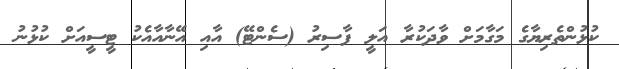
ކުޅުންތެރިޔާގެ މަގާމަށް ވާދަކުރާ އަލީ ފާސިރު (ސެންޓޭ) އާއި އޭނާއާއެކު ޓީސީއަށް ކުޅުނު